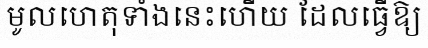
មូលហេតុទាំងនេះហើយ ដែលធ្វើឱ្យ